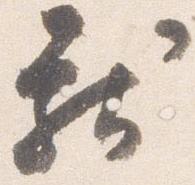
献